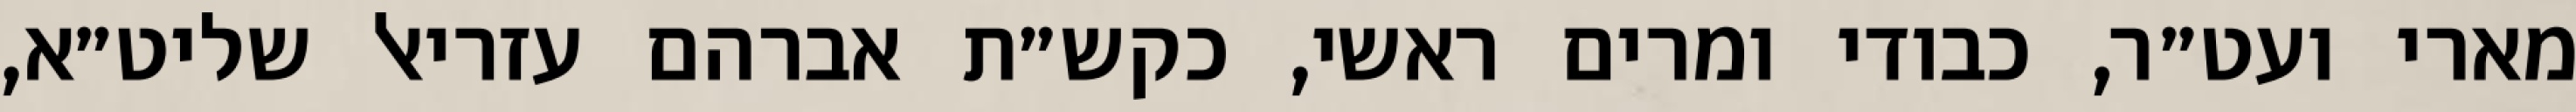
מארי ועט״ר, כבודי ומרים ראשי, כקש״ת אברהם עזריאל שליט״א,